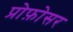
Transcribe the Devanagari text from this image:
प्रोफ़ोसर